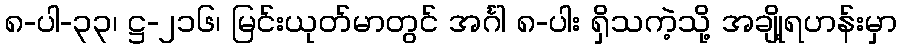
၈-ပါ-၃၃၊ ဋ္ဌ-၂၁၆၊ မြင်းယုတ်မာတွင် အင်္ဂါ ၈-ပါး ရှိသကဲ့သို့ အချို့ရဟန်းမှာ